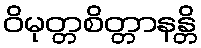
ဝိမုတ္တစိတ္တာနန္တိ